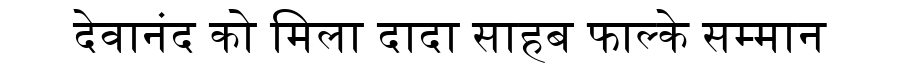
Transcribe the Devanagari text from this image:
देवानंद को मिला दादा साहब फाल्के सम्मान